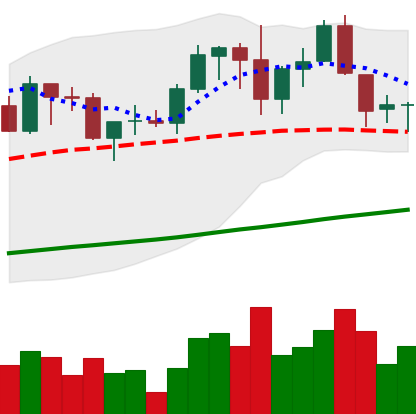
Ticker: ADA-USD
Chart end date: 2019-06-06
Forward return: 5.383%
Label: up_5_7